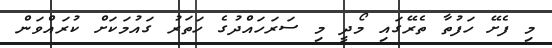
މި ފެށޭ ހަފުތާ ތެރޭގައި މޯދީ މި ސަރަހައްދުގެ ހަތަރު ގައުމަކަށް ކުރައްވަން